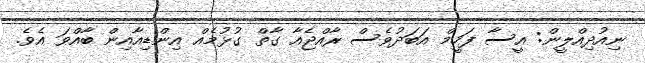
ނިއުދިއްލީން: އީސާ ފަހީމް އަބަދުވެސް ރާއްޖެއާ ގާތް ގުޅުމެއް އިންޑިއާއިން ބާއްވަ އެވެ.